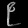
Digit: ၉